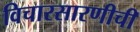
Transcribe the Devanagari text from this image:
विचारसारणीची